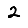
Digit: 2